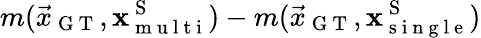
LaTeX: m(\vec{x}_{\mathrm{~G~T~}},\mathbf{x}_{\mathrm{~m~u~l~t~i~}}^{\mathrm{~S~}})-m(\vec{x}_{\mathrm{~G~T~}},\mathbf{x}_{\mathrm{~s~i~n~g~l~e~}}^{\mathrm{~S~}})